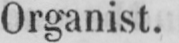
Organist.